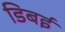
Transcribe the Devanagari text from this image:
डिबई